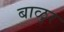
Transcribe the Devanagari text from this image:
बाळुर